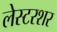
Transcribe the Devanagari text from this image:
लेस्टरशर